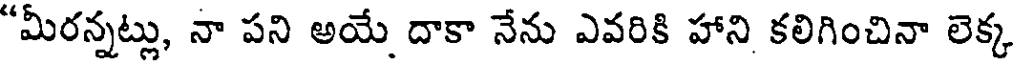
"మీరన్నట్లు, నా పని అయే దాకా నేను ఎవరికి హాని కలిగించినా లెక్క